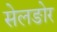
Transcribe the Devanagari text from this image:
सेलङोर